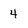
Character: 4